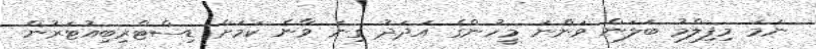
ނަމަ މިފިލްމު ބަލަން ވަންނަ މީހުންގެ އަދަދު ގިނަ ވާނެ ކަމަށް ޑިސްޓްރިބިއުޓަރުން